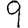
Digit: 9